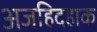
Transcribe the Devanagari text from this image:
अजहिदहाक